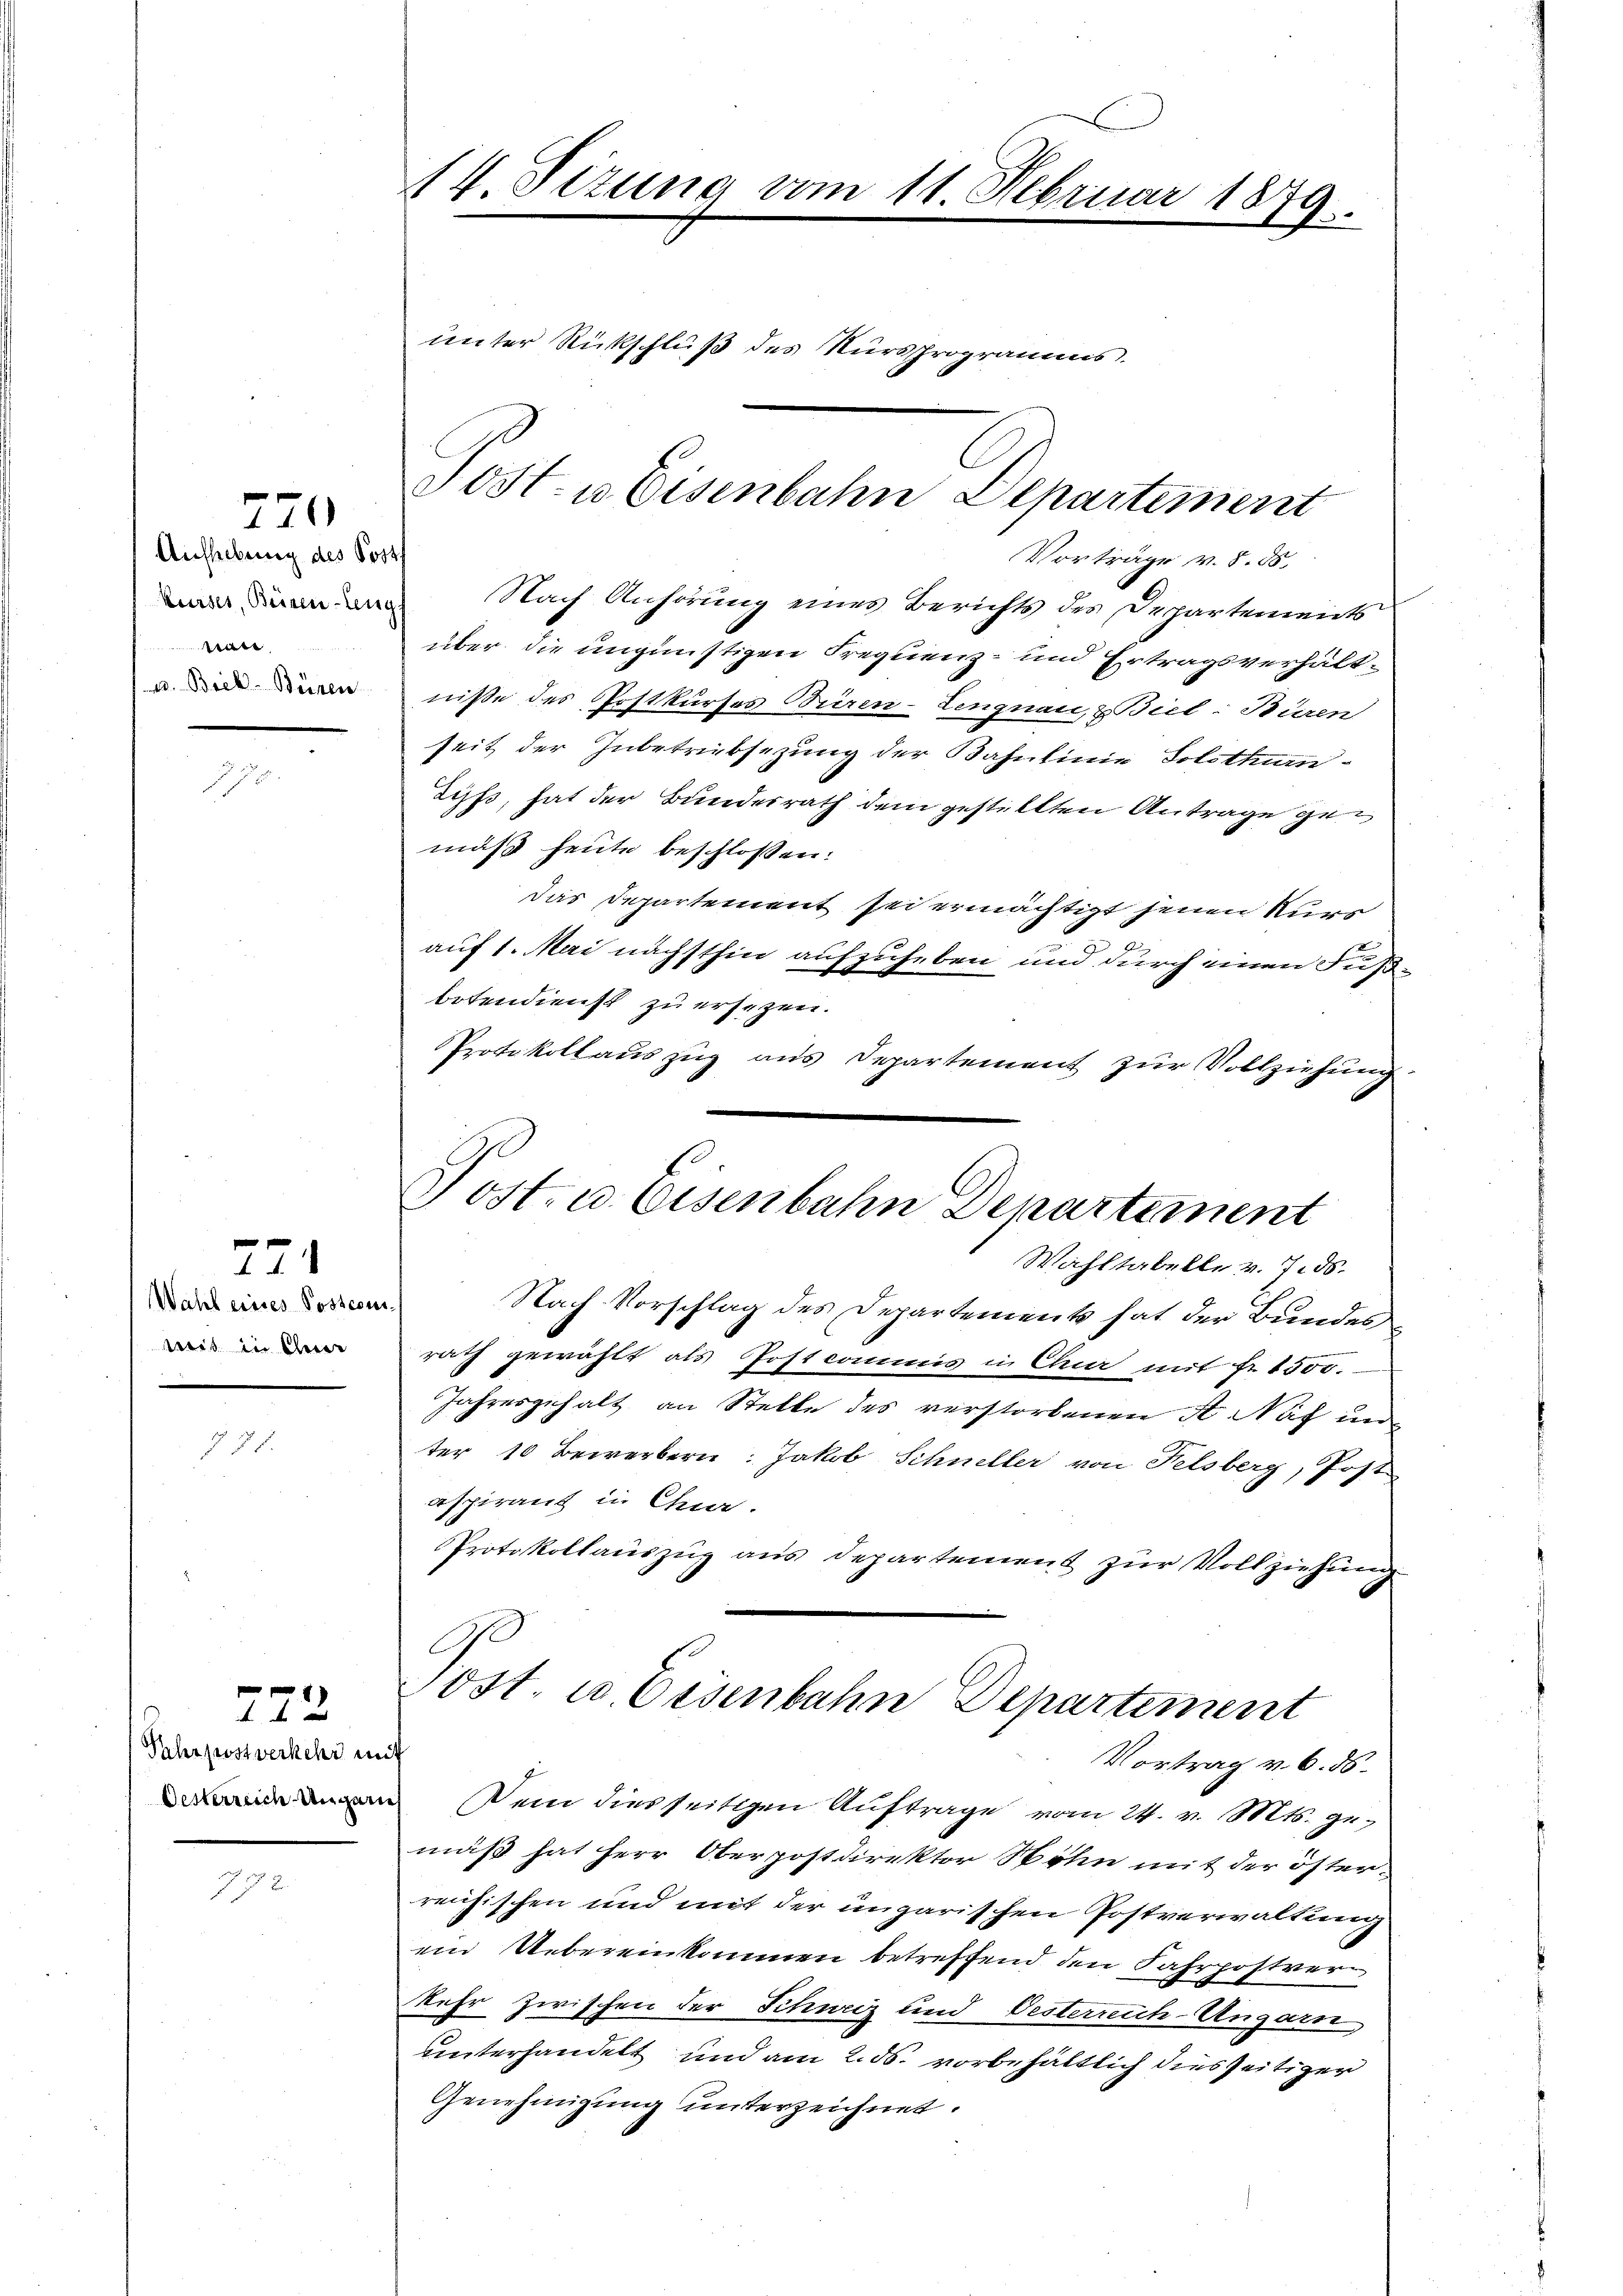
Aufhebung des Post.
Kurses, Beinen Eing
e
u. Biek-Büren

270

27
Wahl eines Possesu
wis in Eher

222

Pehrpostverkehr mit
Oesterreich Ungarn

B

14. Sizung vom 11. Februar 1879.

unter Rückschluß des Nursprogramms.

C
Post- u Eisenbahn Departement

Vorträge v. 8. 85.
Nach Anhörung eines Berichts des Departements
über die ungünstigen Frequenz- und Ertragsverhältniße des Postkurses Büren-Lengnau, z. Biel: Buren
seit der Inbetriebsezung der Bahnlinie Solothurnduss, hat der Bunderrath dem gestellten Antrage gemuß heute beschlossen:
das Departement sei ermächtigt jenen Kurs
auf 1. Mai nächsthin aufzuheben und durch einen Fußbotendienst zu ersezen.
Protokoll auszug aus Departement zur Vollziehung
Nach Vorschlag des Departement hat der Bundes
rath gewählt als Postcommis in Clua mit Fr. 1500.
Jahresgehalt an Stelle des verstorbenen A Naf unter 10 Bewerbern: Jakob Schneller von Felsberg, Post
aspirant in Chr.
Protokollauszug aus Departement zur Vollziehung
rost u Eisenbahn Departement
Vortrag v. 6. ds.
Dem dies seitigen Auftrage vom 24. v. Mts. gemäß hat herr Oberpostdirektor Sohn mit der öster-
reichischen und mit der ungarischen Postverwaltung
ein Uebereinkommen betreffend den Fahrpostver
kehr zwischen der Schweiz und Oesterreich-Ungarn
unterhandelt und am 2. ds. vorbehältlich dies seitiger
Genehmigung unterzeichnet.

Post. u. Eisenbahn Departement
Wahltabelle v. 7. ds.